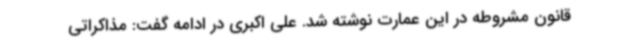
قانون مشروطه در این عمارت نوشته شد. علی اکبری در ادامه گفت: مذاکراتی